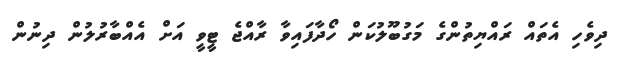
ދިވެހި އެތައް ރައްޔިތުންގެ މަގުބޫލުކަން ހޯދާފައިވާ ރާއްޖެ ޓީވީ އަށް އެއްބާރުލުން ދިނުން